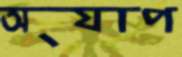
অ্যাপ